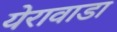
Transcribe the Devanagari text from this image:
येरावाडा